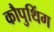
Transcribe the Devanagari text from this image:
कौपुथिंग